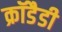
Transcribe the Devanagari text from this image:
क्रॉडैडी